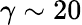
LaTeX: \gamma\sim 20